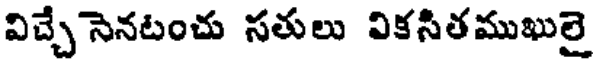
విచ్చే నెనటంచు సతులు వికసితముఖులై